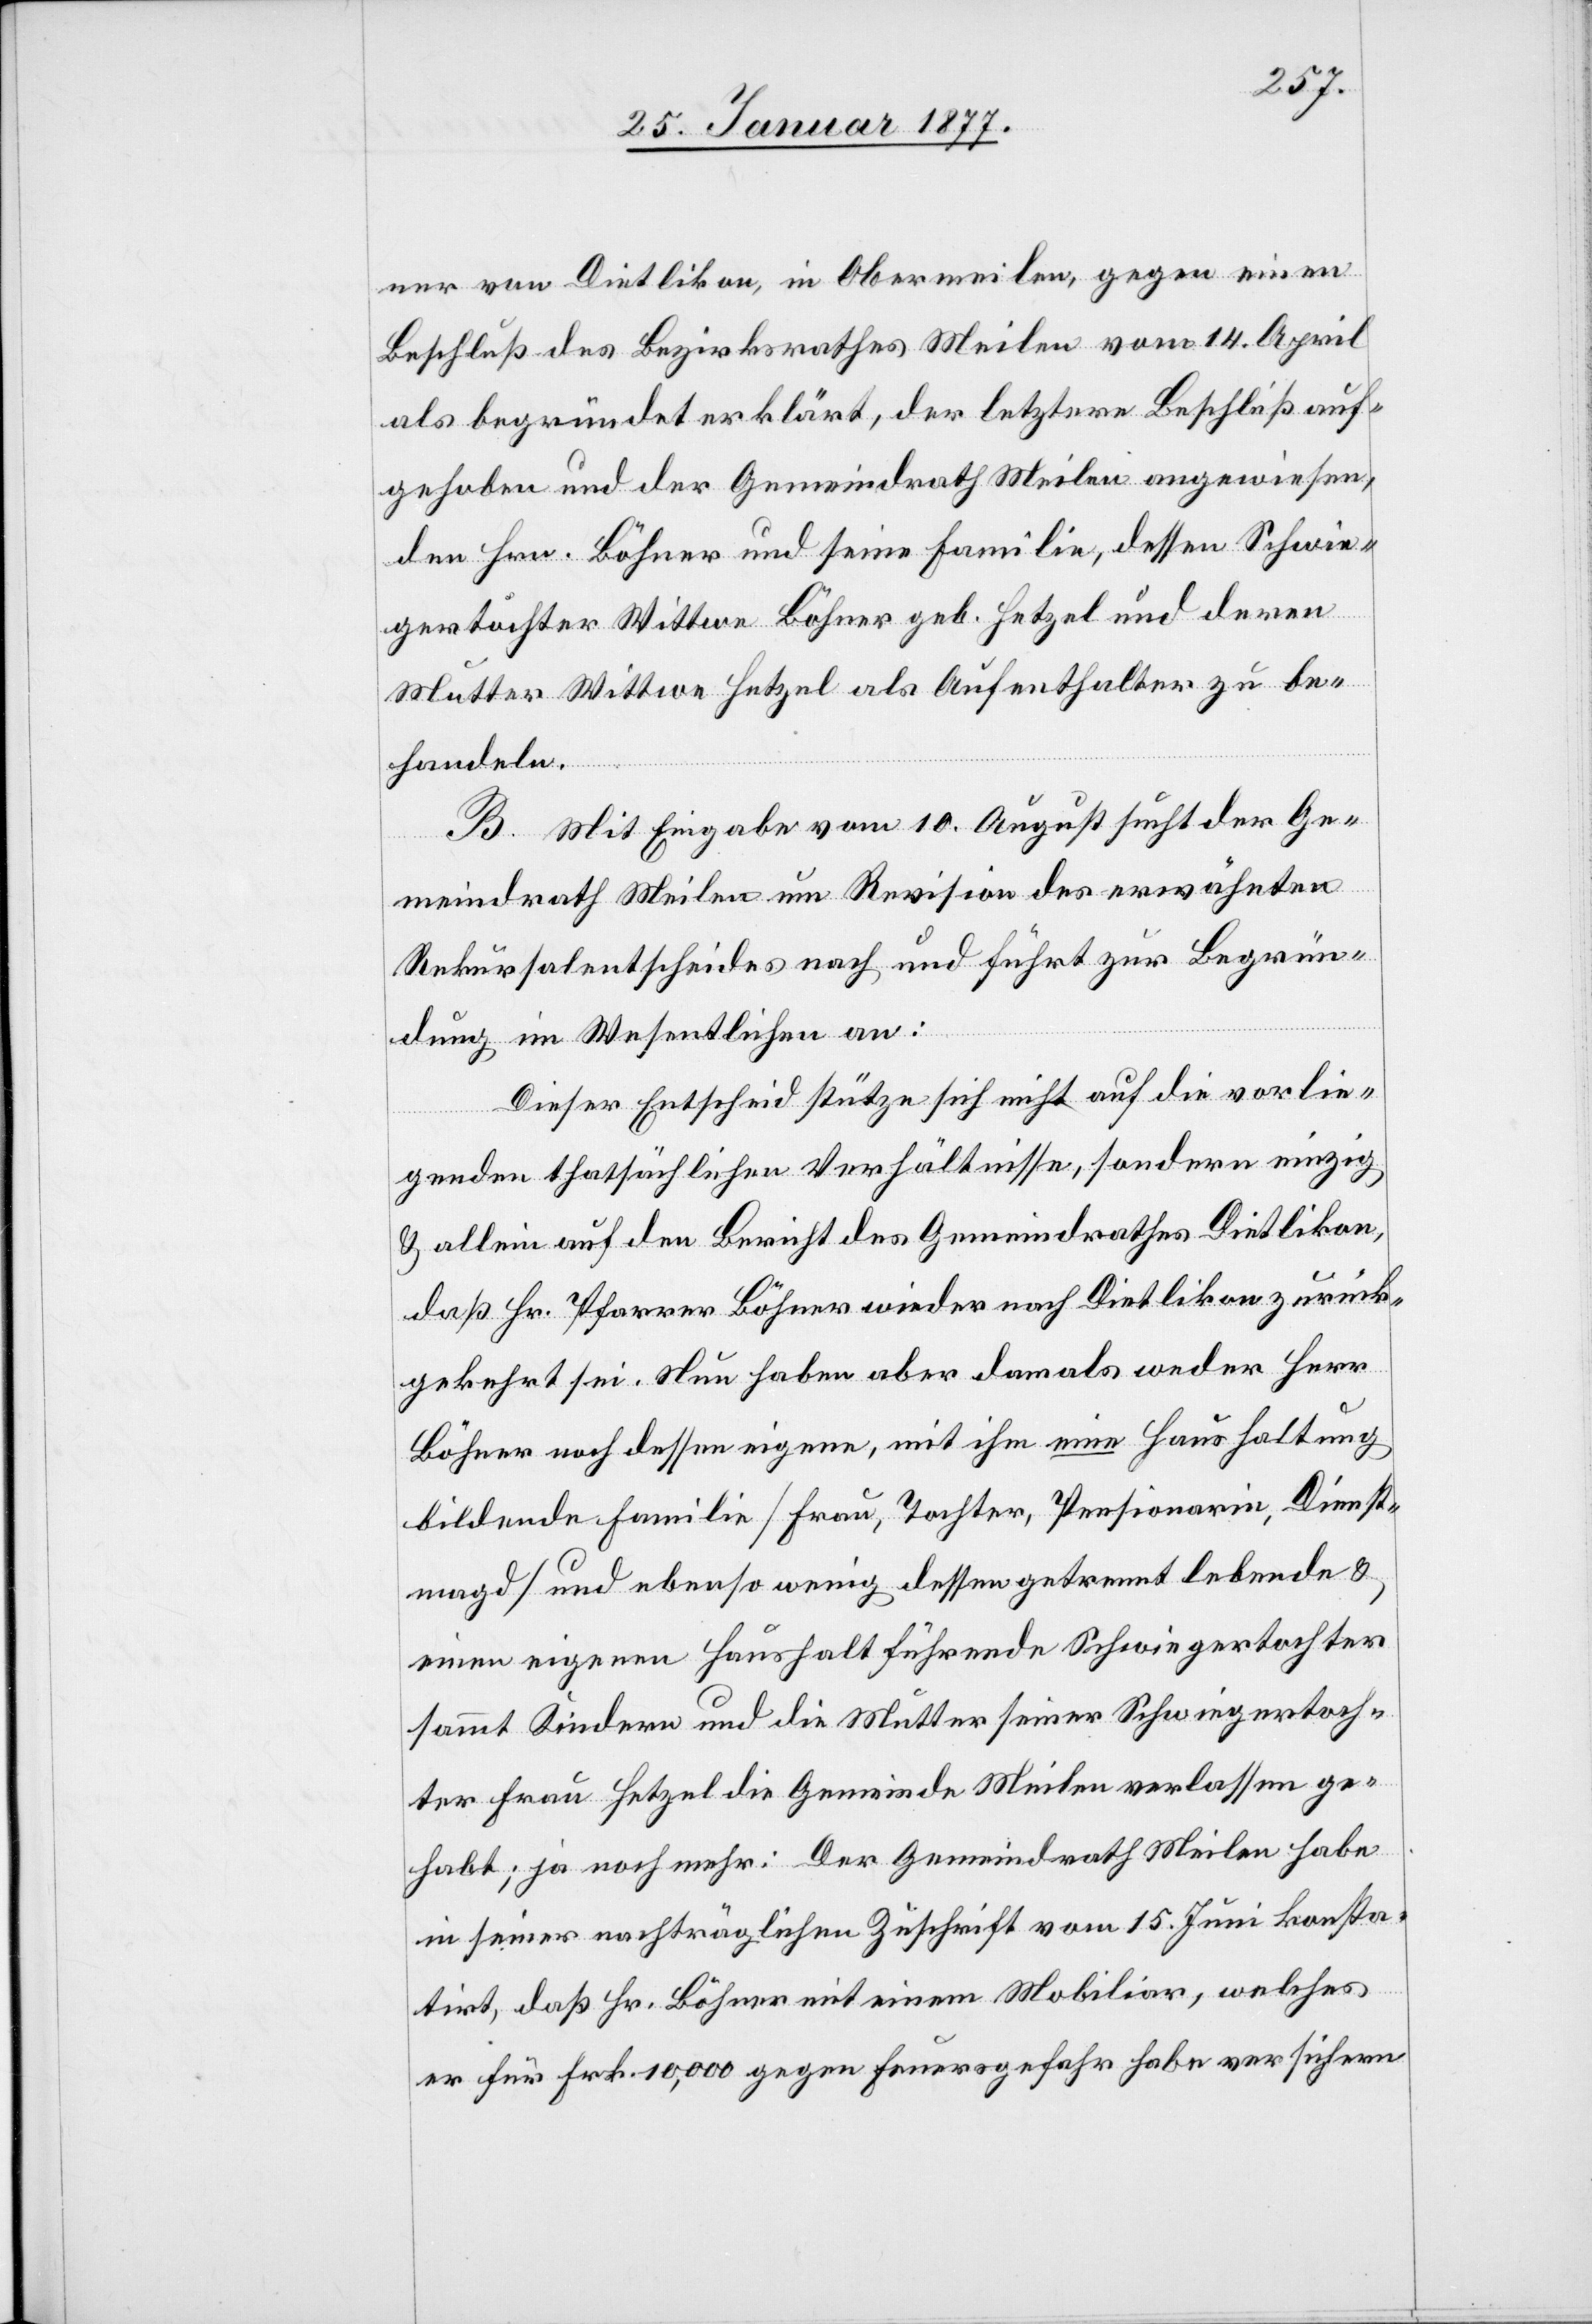
ner von Dietlikon, in Obermeilen, gegen einen
Beschluß des Bezirksrathes Meilen vom 14. April
als begründet erklärt, der letztere Beschluß auf¬
gehoben und der Gemeindrath Meilen angewiesen,
den Hrn. Böhner und seine Familie, dessen Schwie¬
gertochter Wittwe Böhner geb. Hetzel und deren
Mutter Wittwe Hetzel als Aufenthalter zu be¬
handeln.
B. Mit Eingabe vom 10. August sucht der Ge¬
meindrath Meilen um Revision des erwähnten
Rekursalentscheides nach und führt zur Begrün¬
dung im Wesentlichen an:
Dieser Entscheid stütze sich nicht auf die vorlie¬
genden thatsächlichen Verhältnisse, sondern einzig
& allein auf den Bericht des Gemeindrathes Dietlikon,
daß Hr. Pfarrer Böhner wieder nach Dietlikon zurück¬
gekehrt sei. Nun habe aber damals weder Herr
Böhner noch dessen eigene, mit ihm eine Haushaltung
bildende Familie [Frau, Tochter, Pensionärin, Dienst¬
magd] und ebenso wenig dessen getrennt lebende &
einen eigenen Haushalt führende Schwiegertochter
sammt Kindern und Mutter seiner Schwiegertoch¬
ter Frau Hetzel die Gemeinde Meilen verlassen ge¬
habt; ja noch mehr: Der Gemeindrath Meilen habe
in seiner nachträglichen Zuschrift vom 15. Juni konsta¬
tirt, daß Hr. Böhner mit einem Mobiliar, welches
er für Frk. 10,000 gegen Feuergefahr habe versichern